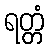
ရတ္တံ